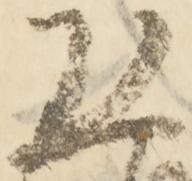
恐